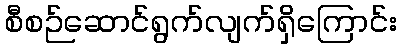
စီစဉ်ဆောင်ရွက်လျက်ရှိကြောင်း